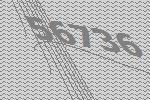
56736